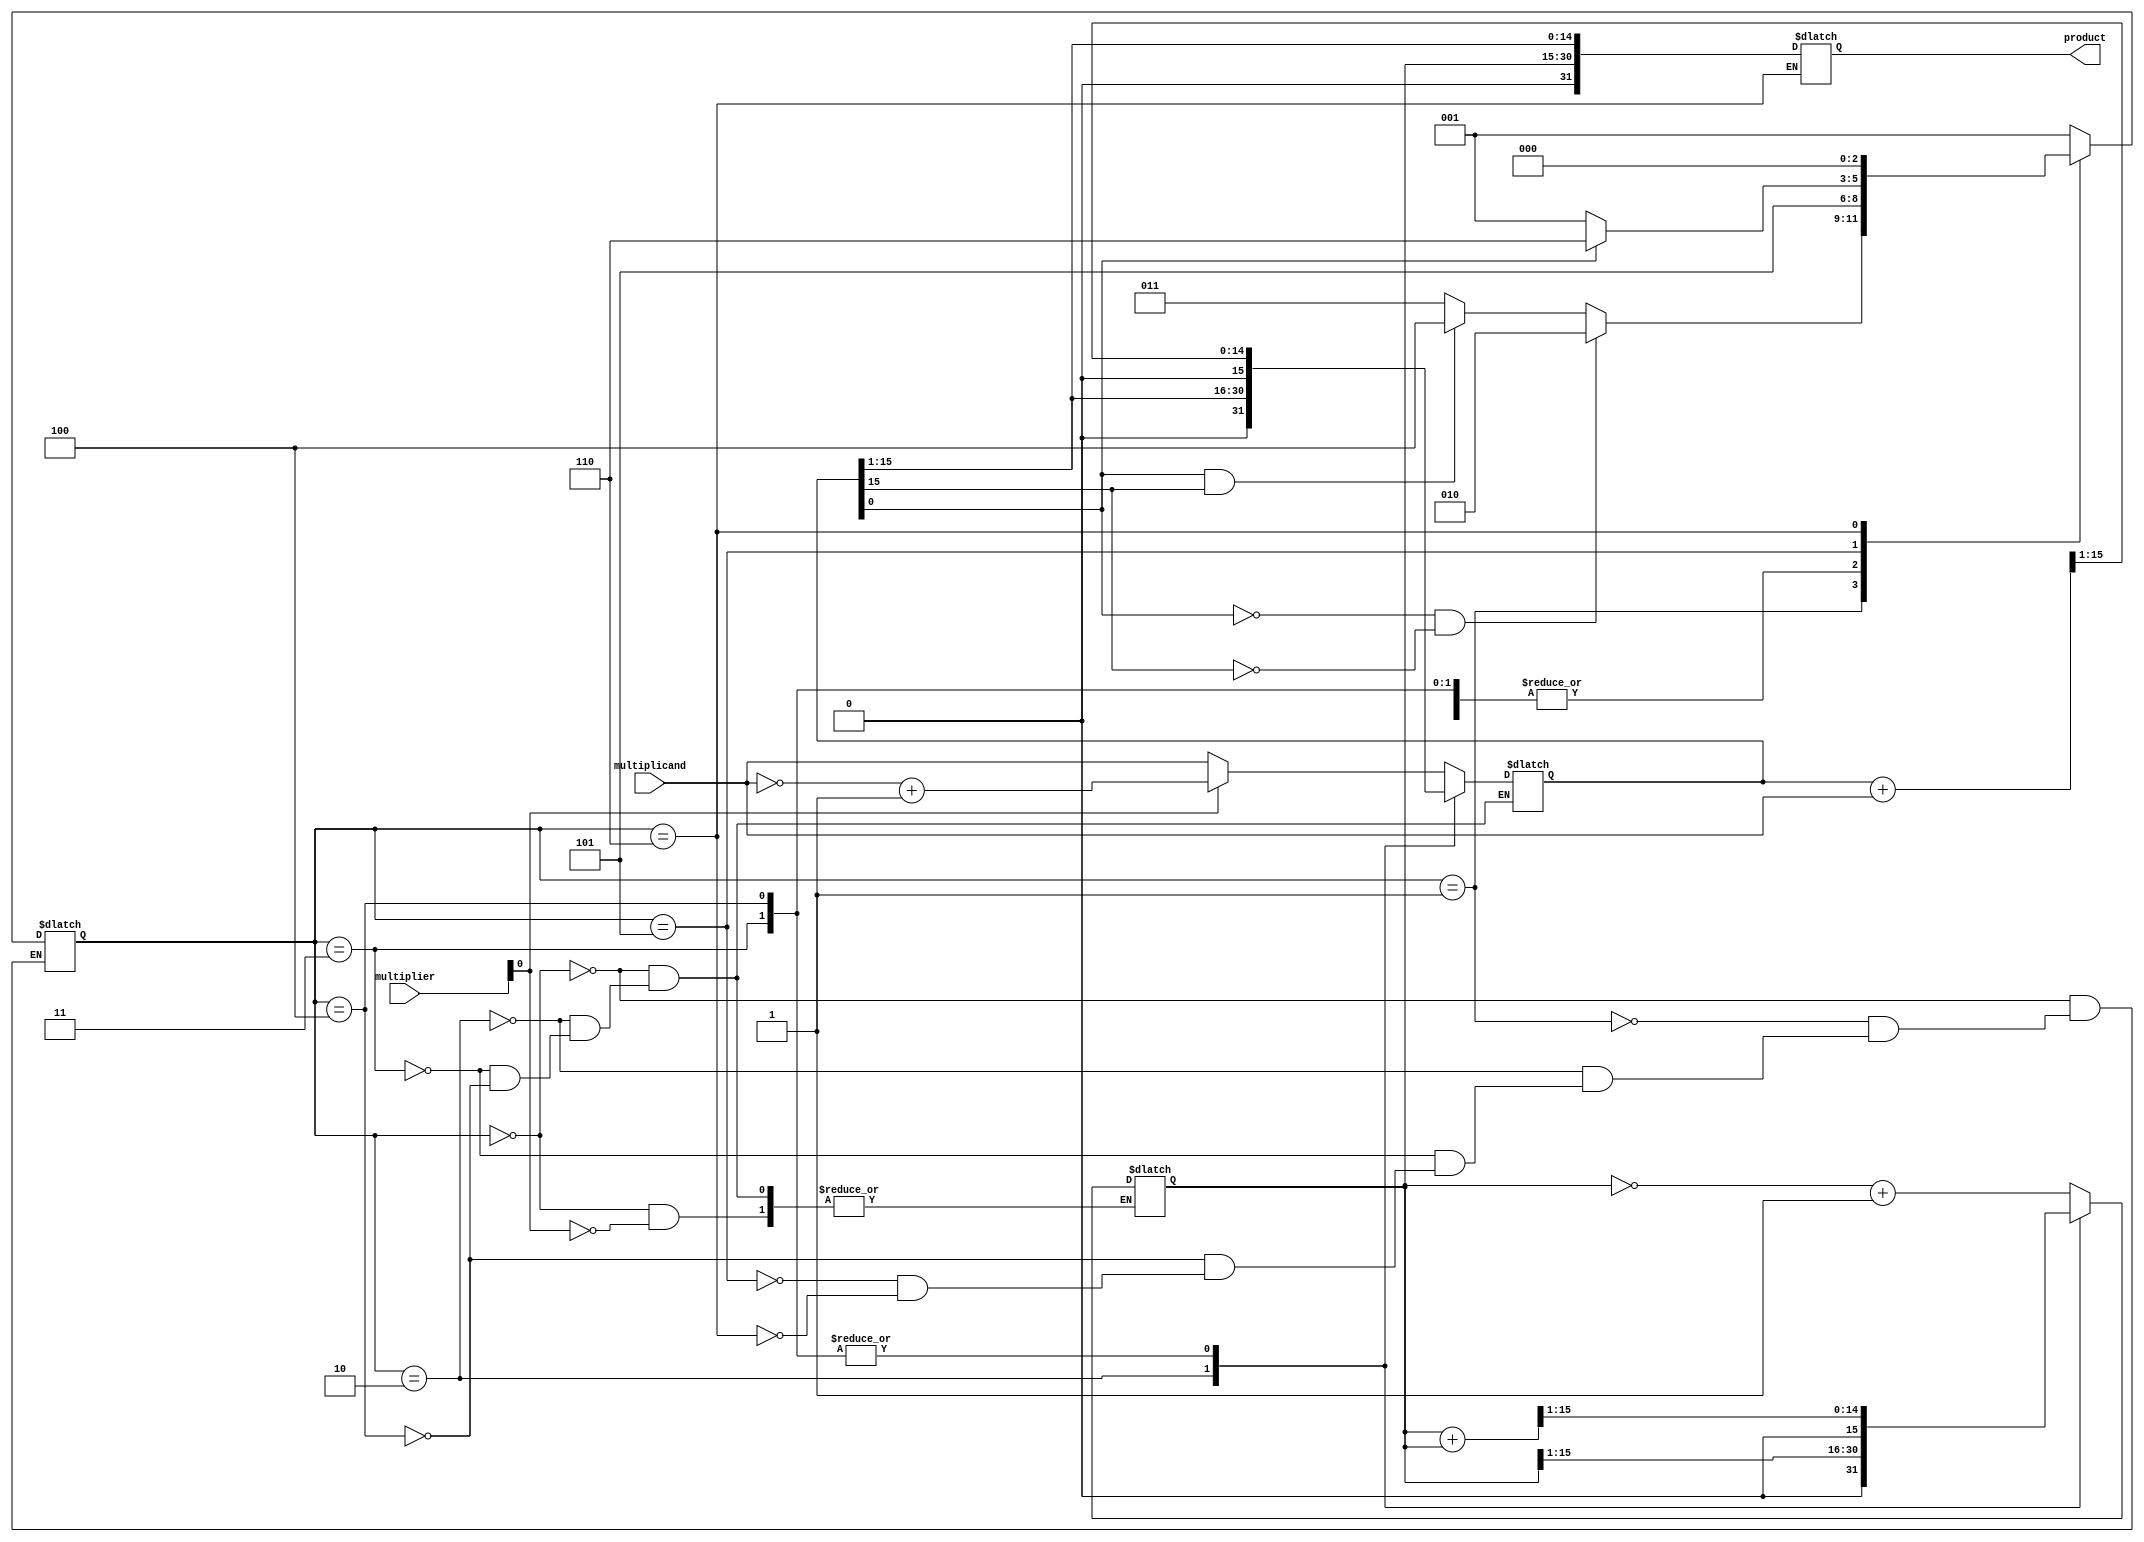
module booth_multiplier (
        input [15:0] multiplicand,
        input [15:0] multiplier,
        output reg [31:0] product
    );

    reg [15:0] x;
    reg [15:0] a;
    reg [2:0] state;

    always @ (*)
    begin
        case (state)
            3'b000: begin
                        if (multiplier[0] == 0)
                        begin
                            x <= {16'b0, multiplicand};
                            a <= {16'b0, a};
                        end
                        else
                        begin
                            x <= {16'b0, ~multiplicand + 1};
                            a <= {16'b0, ~a + 1};
                        end
                        state <= 3'b001;
                    end
            3'b001: begin
                        if (x[0] == 0 && x[15] == 0)
                            state <= 3'b010;
                        else if (x[0] == 1 && x[15] == 1)
                            state <= 3'b100;
                        else
                            state <= 3'b011;
                    end
            3'b010: begin
                        x <= x >> 1;
                        a <= a >> 1;
                        state <= 3'b101;
                    end
            3'b011: begin
                        x <= (x + multiplicand) >> 1;
                        a <= (a + a) >> 1;
                        state <= 3'b101;
                    end
            3'b100: begin
                        x <= (x + multiplicand) >> 1;
                        a <= (a + a) >> 1;
                        state <= 3'b101;
                    end
            3'b101: begin
                        if (x[0] == 1)
                            state <= 3'b110;
                        else
                            state <= 3'b001;
                    end
            3'b110: begin
                        product <= {a, x[15: 1]};
                        state <= 3'b000;
                    end
        endcase
    end

endmodule